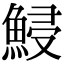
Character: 鮼